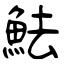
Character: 魼